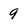
Character: 9